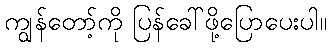
ကျွန်တော့်ကို ပြန်ခေါ်ဖို့ပြောပေးပါ။